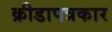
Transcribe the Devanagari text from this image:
क्रीडापत्रकार